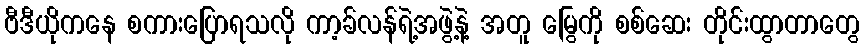
ဗီဒီယိုကနေ စကားပြောရသလို ကာ့ခ်လန်ရဲ့အဖွဲ့နဲ့ အတူ မြွေကို စစ်ဆေး တိုင်းထွာတာတွေ